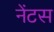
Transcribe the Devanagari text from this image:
नेंटस